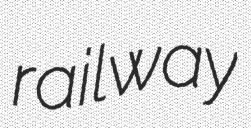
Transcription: railway